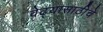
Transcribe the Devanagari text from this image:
वेढ्यासाठीचे